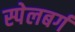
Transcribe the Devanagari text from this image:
स्पेलबर्ग